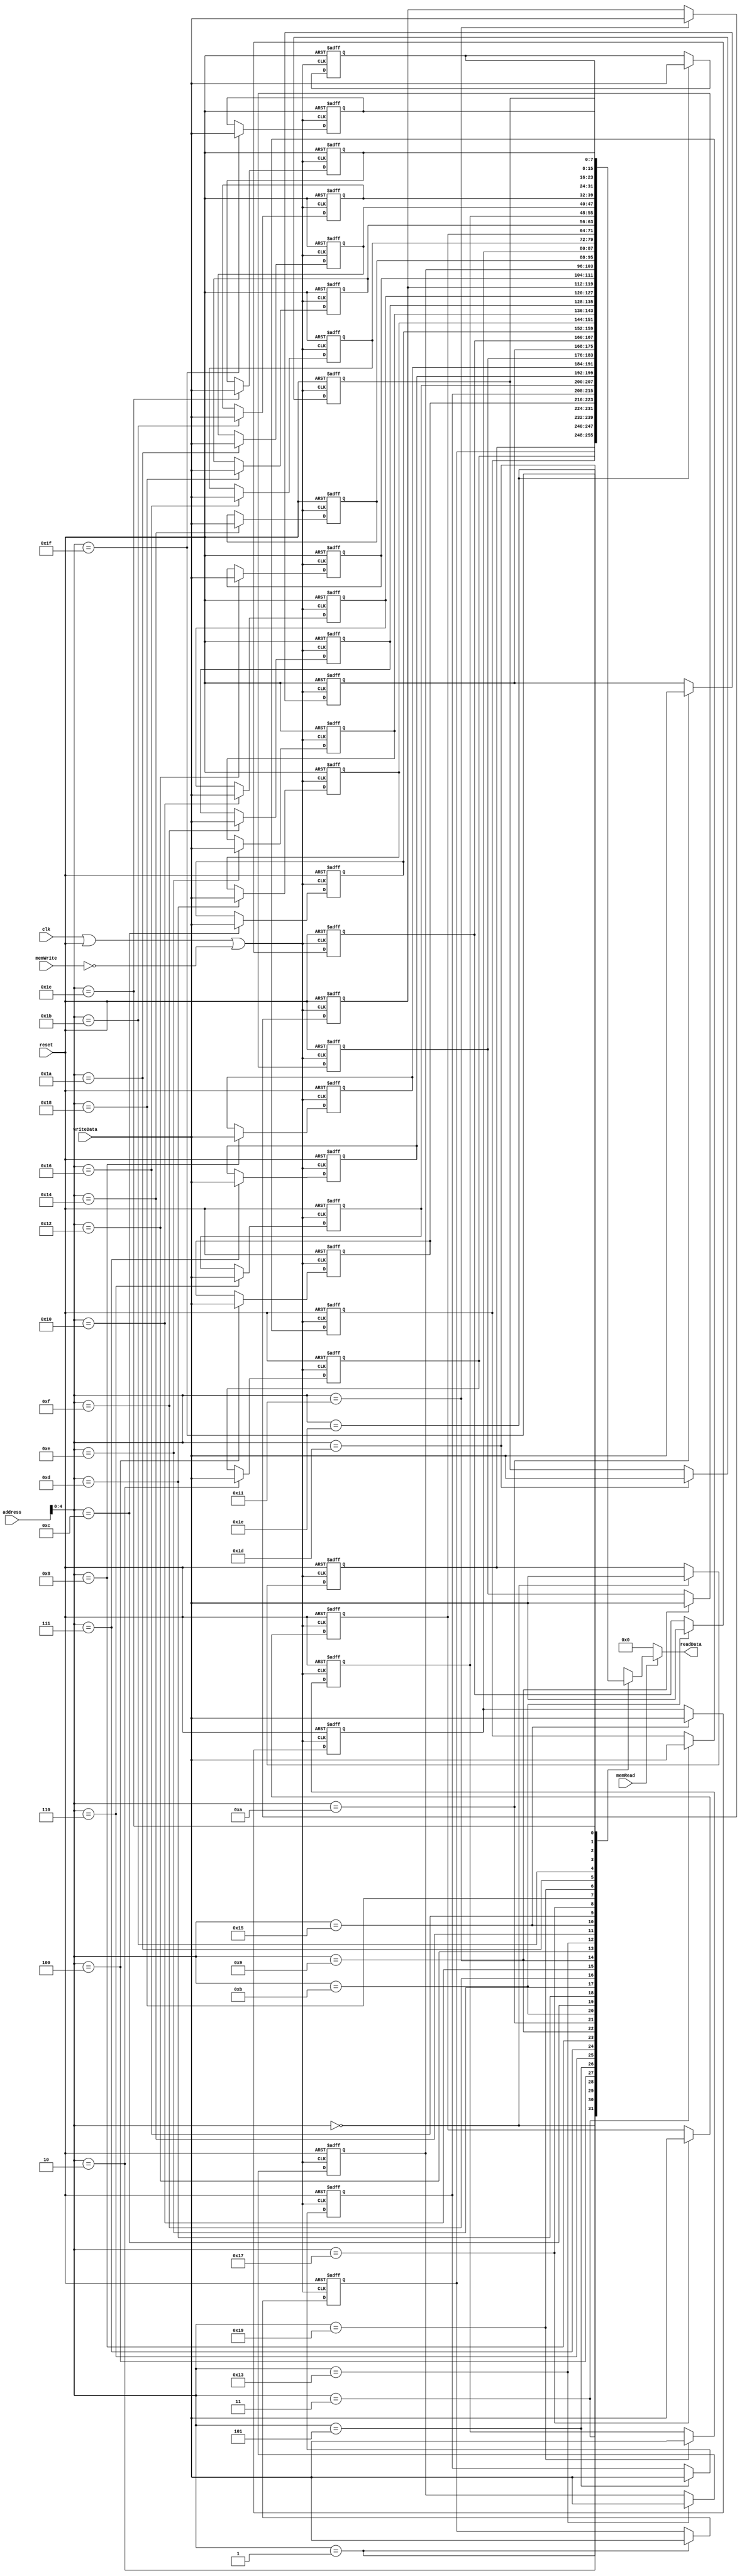
`timescale 1ns / 1ps
//////////////////////////////////////////////////////////////////////////////////
// Company: 
// Engineer: 
// 
// Design Name: 
// Module Name:    dataMemory 
// Project Name: 
// Target Devices: 
// Tool versions: 
// Description: 
//
// Dependencies: 
//
// Revision: 
// Revision 0.01 - File Created
// Additional Comments: 
//
//////////////////////////////////////////////////////////////////////////////////

module dataMemory(
	 input memRead,
	 input memWrite,
    input [7:0] address,
	 input [7:0] writeData,
	 input clk,
	 //input neg_clk,
	 input reset,
	 output [7:0] readData
	 /*output [7:0] mem0,
	 output [7:0] mem1,
	 output [7:0] mem2,
	 output [7:0] mem3*/
    );
	 reg[7:0] mem[31:0];
	 integer i;
	 wire write_en;
	 
	 initial begin
		for(i = 0; i < 16; i = i + 1)
			mem[i] <= i;
		for(i = 16; i < 32; i = i + 1)
			mem[i] <= 16-i;
	 end
	 
	 /*always @ (posedge reset) begin
			for(i = 0; i < 16; i = i + 1)
				mem[i] <= i;
			for(i = 16; i < 32; i = i + 1)
				mem[i] <= 16-i;
	 end*/
	 
	 /*always @(posedge clk)
	 begin
		write_en = 0;
	 end*/
		
	 /*always @(address, writeData) begin
			if (memWrite) write_en = 1;
			if (write_en && ~clk) begin
			mem[address] <= writeData;
			write_en = 0;
			end
	 end
	 */
	 
	 /*always@(*) begin
		if (memWrite && neg_clk && ~write_en) write_en = 1; // ~clk
		if (clk) write_en = 0;
		if (reset) write_en = 0;
	end*/
	
	assign write_en = (clk || reset || ~memWrite)? 0: 1;
	
	always @(posedge write_en or posedge reset) begin
		if (reset) begin
		for(i = 0; i < 16; i = i + 1)
				mem[i] <= i;
		for(i = 16; i < 32; i = i + 1)
				mem[i] <= 16-i;
		end
		else begin
		mem[address] <= writeData;
		end
	end
	
	 
	 assign readData = (memRead)? mem[address]: 8'b0; //temp
    
	 /*assign mem0 =  mem[0];
	 assign mem1 = mem[1];
	 assign mem2 = mem[2];
	 assign mem3 = mem[3];*/

endmodule